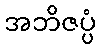
အဘိဇပ္ပံ